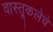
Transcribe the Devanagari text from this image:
वास्तूकलेचे